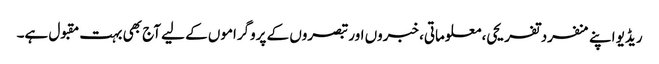
ریڈیو اپنے منفرد تفریحی، معلوماتی، خبروں اور تبصروں کے پروگراموں کے لیے آج بھی بہت مقبول ہے۔